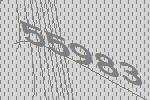
55983